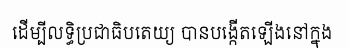
ដើម្បីលទ្ធិប្រជាធិបតេយ្យ បានបង្កើតឡើងនៅក្នុង